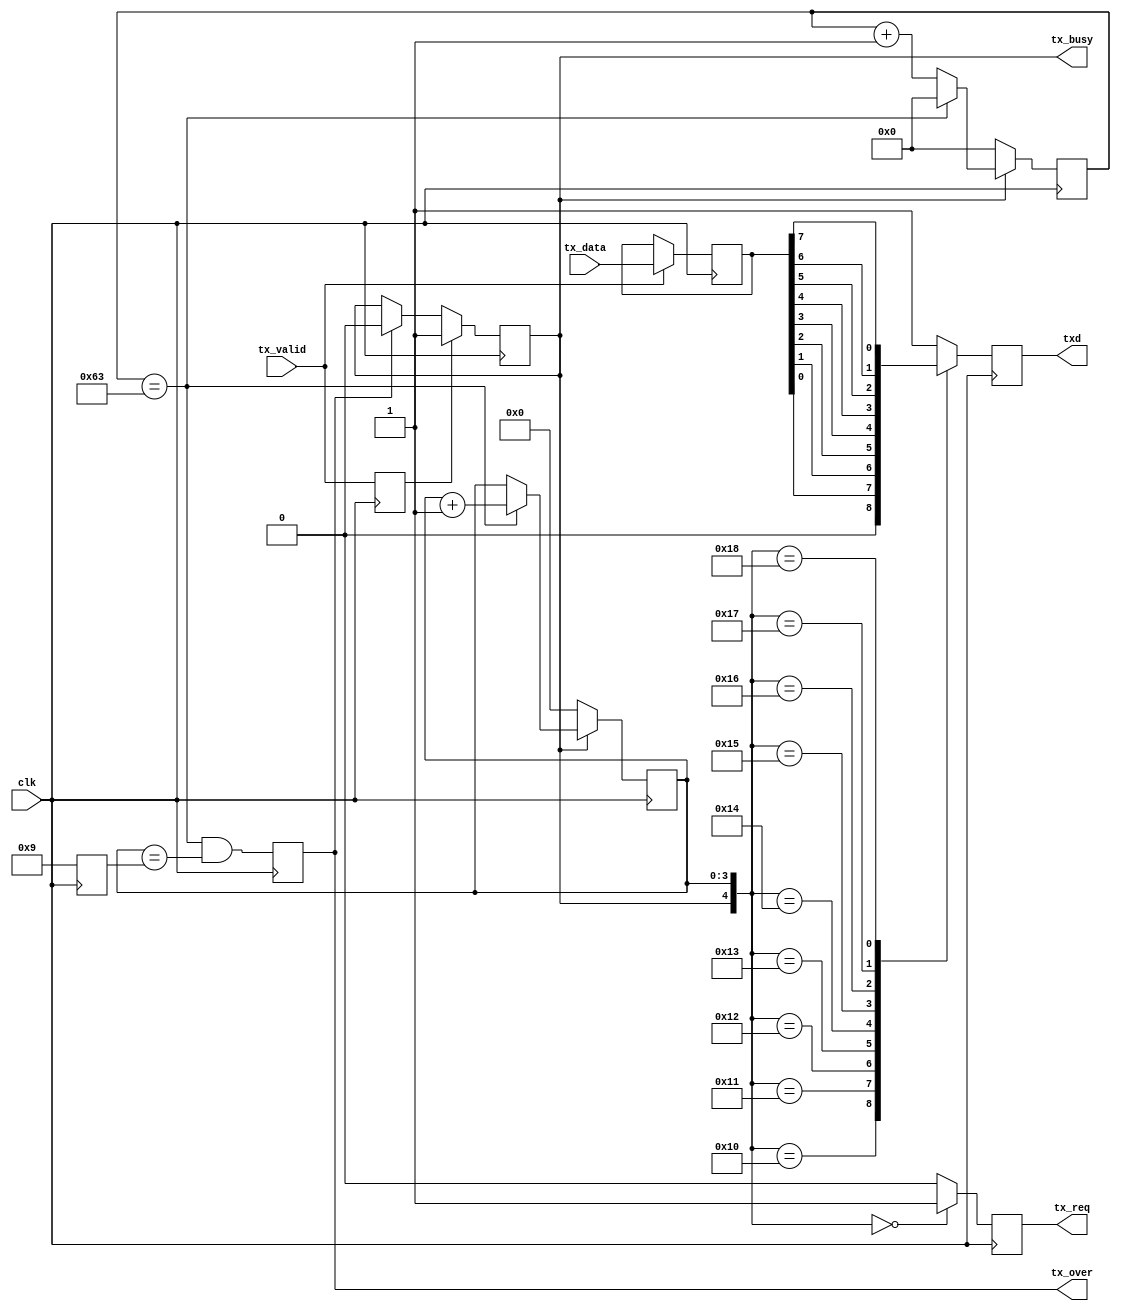
module uart_tx #(
	parameter BPS_CNT = 100,
	parameter STOP_BIT_W = 2'b00, 		//00: stop_bit = 1; 01: stop_bit = 1.5 ; 10 : stop_bit = 2
	parameter CHECKSUM_MODE = 2'b00,	//00:space, 01:odd ,10:even ,11:mask
	parameter CHECKSUM_EN = 1'b0
)(
	input clk,   //clk == 27M 
	input [7:0] tx_data,
	input 			tx_valid,//tx_validtx_req
	output tx_req,
	output tx_over,
	output reg tx_busy,
	output txd
);
	
reg rd_en_r = 0;
reg [3:0] bite_cnt = 0;

always @( posedge clk )
begin
	if( {tx_busy,bite_cnt} == 5'b00000 )
		rd_en_r  <= 1'b1;
	else if( tx_valid )
		rd_en_r <= 1'b0;
	else
		rd_en_r <= 1'b0;
end

assign tx_req = rd_en_r ;

reg tx_over_r =0;
reg [3:0] BIT_NUM = 0;   
// reg tx_busy = 0;   
reg [7:0] tx_data_r= 0;
always @( posedge clk )
begin
	if( CHECKSUM_EN )
		BIT_NUM <= 10;
	else
		BIT_NUM <= 9;
end
	
reg [7:0] tx_valid_dly = 0;

always @( posedge clk )
begin
		tx_valid_dly <= {tx_valid_dly[6:0],tx_valid};
end

//only when new data come can tx_data_r update
always @( posedge clk )
begin
	if( tx_valid )
		tx_data_r <= tx_data;
end

always @( posedge clk )
begin
	if( tx_valid_dly[0] )
		tx_busy <= 1'b1;
	else if( tx_over_r )
		tx_busy <= 1'b0;
	else
		tx_busy <= tx_busy;
end

reg [15:0] tx_cnt =0;
always @( posedge clk )
begin
	if( ~tx_busy )
		tx_cnt <= 0;
	else if( tx_cnt == BPS_CNT-1 )
		tx_cnt <= 0;
	else
		tx_cnt <= tx_cnt + 1'b1;
end
	
wire bit_cnt_en ;
reg [3:0] bit_cnt = 0;
assign bit_cnt_en = (tx_cnt == BPS_CNT-1);

always @( posedge clk )
begin
	if(~tx_busy)
		bite_cnt <= 0;
	else if( bit_cnt_en )
		bite_cnt <= bite_cnt + 1'b1;
end
	
always @( posedge clk )
begin
	case({CHECKSUM_EN,STOP_BIT_W})
		3'b000 :tx_over_r <=( ( tx_cnt == BPS_CNT-1 )&&(bite_cnt == BIT_NUM));
		3'b001 :tx_over_r <= ( tx_cnt == BPS_CNT/2-1 )&&(bite_cnt == BIT_NUM+1);
		3'b010 :tx_over_r <= ( tx_cnt == BPS_CNT-1 )&&(bite_cnt == BIT_NUM+1);
		3'b100 :tx_over_r <= ( tx_cnt == BPS_CNT-1 )&&(bite_cnt == BIT_NUM);
		3'b101 :tx_over_r <= ( tx_cnt == BPS_CNT/2-1 )&&(bite_cnt == BIT_NUM+1);
		3'b110 :tx_over_r <= ( tx_cnt == BPS_CNT-1 )&&(bite_cnt == BIT_NUM+1);
		default:;
	endcase
end

assign tx_over = tx_over_r;
reg checksum = 0;  
reg txd_r =1;

always @( posedge clk )
begin
	case( {tx_busy,bite_cnt })
		5'h10 :txd_r <= 1'b0;
		5'h11 :txd_r <= tx_data_r[0];
		5'h12 :txd_r <= tx_data_r[1];
		5'h13 :txd_r <= tx_data_r[2];
		5'h14 :txd_r <= tx_data_r[3];
		5'h15 :txd_r <= tx_data_r[4];
		5'h16 :txd_r <= tx_data_r[5];
		5'h17 :txd_r <= tx_data_r[6];
		5'h18 :txd_r <= tx_data_r[7];
		5'h19 :txd_r <= CHECKSUM_EN ? checksum :1'b1;
		5'h1A :txd_r <= 1;
		5'h1B :txd_r <= 1;
		default :txd_r <=1;
	endcase
end

assign txd = txd_r;

always @(posedge clk )
begin
	case( CHECKSUM_MODE )
	2'b00 :checksum <= 1'b0;
	2'b01 :checksum <= ~^tx_data_r;
	2'b10 :checksum <= ^tx_data_r;
	2'b11 :checksum <= 1'b1;
	default:;
	endcase
end
	
endmodule